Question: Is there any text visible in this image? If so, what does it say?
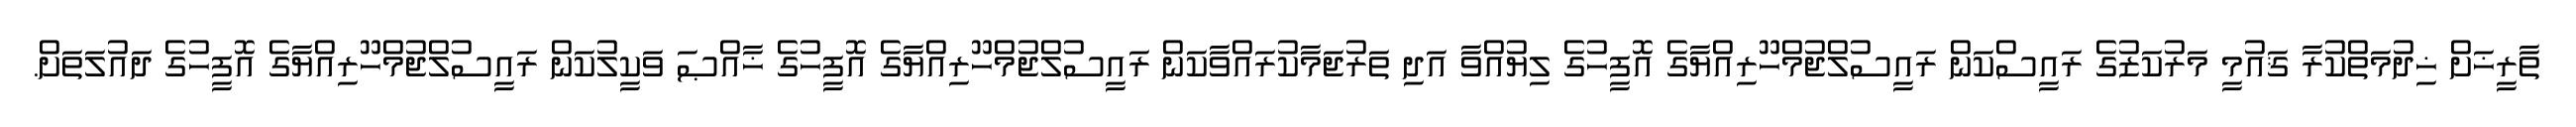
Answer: ތާރީޚަށް ޚިދުމަތްކުރާ ޤައުމީ މަރުކަޒުގެ ރައީސްކަން ރައީސުލްޖުމްހޫރިއްޔާގެ އޮފީހުގެ ލިޔުއްވާ އަދި ތަރުޖަމާކުރައްވާކަން ރައީސުލްޖުމްހޫރިއްޔާގެ އޮފީހުގެ ޚާއްޞަ ވަކީލުކަން ރައީސުލްޖުމްހޫރިއްޔާގެ އޮފީހުގެ ދައުލަތަށް.